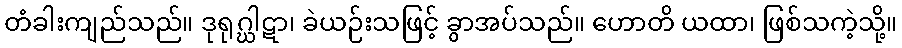
တံခါးကျည်သည်။ ဒုရုဂ္ဃါဋာ၊ ခဲယဉ်းသဖြင့် ခွာအပ်သည်။ ဟောတိ ယထာ၊ ဖြစ်သကဲ့သို့။